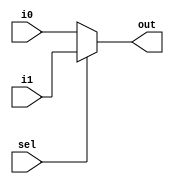
module mux2to1(i0, i1, sel, out);
	input[31:0] i0, i1;
	input sel;
	output[31:0] out;
	assign out = (sel==1'b0) ? i0:
			(sel==1'b1) ? i1 : 0;
endmodule